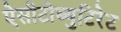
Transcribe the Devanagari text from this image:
ऐसीटोब्युटिरेट